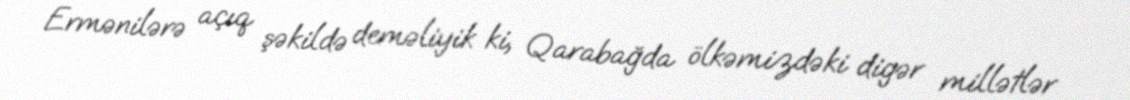
Ermənilərə açıq şəkildə deməliyik ki, Qarabağda ölkəmizdəki digər millətlər